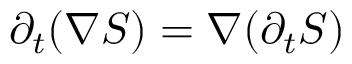
\partial _ { t } ( \nabla S ) = \nabla ( \partial _ { t } S )